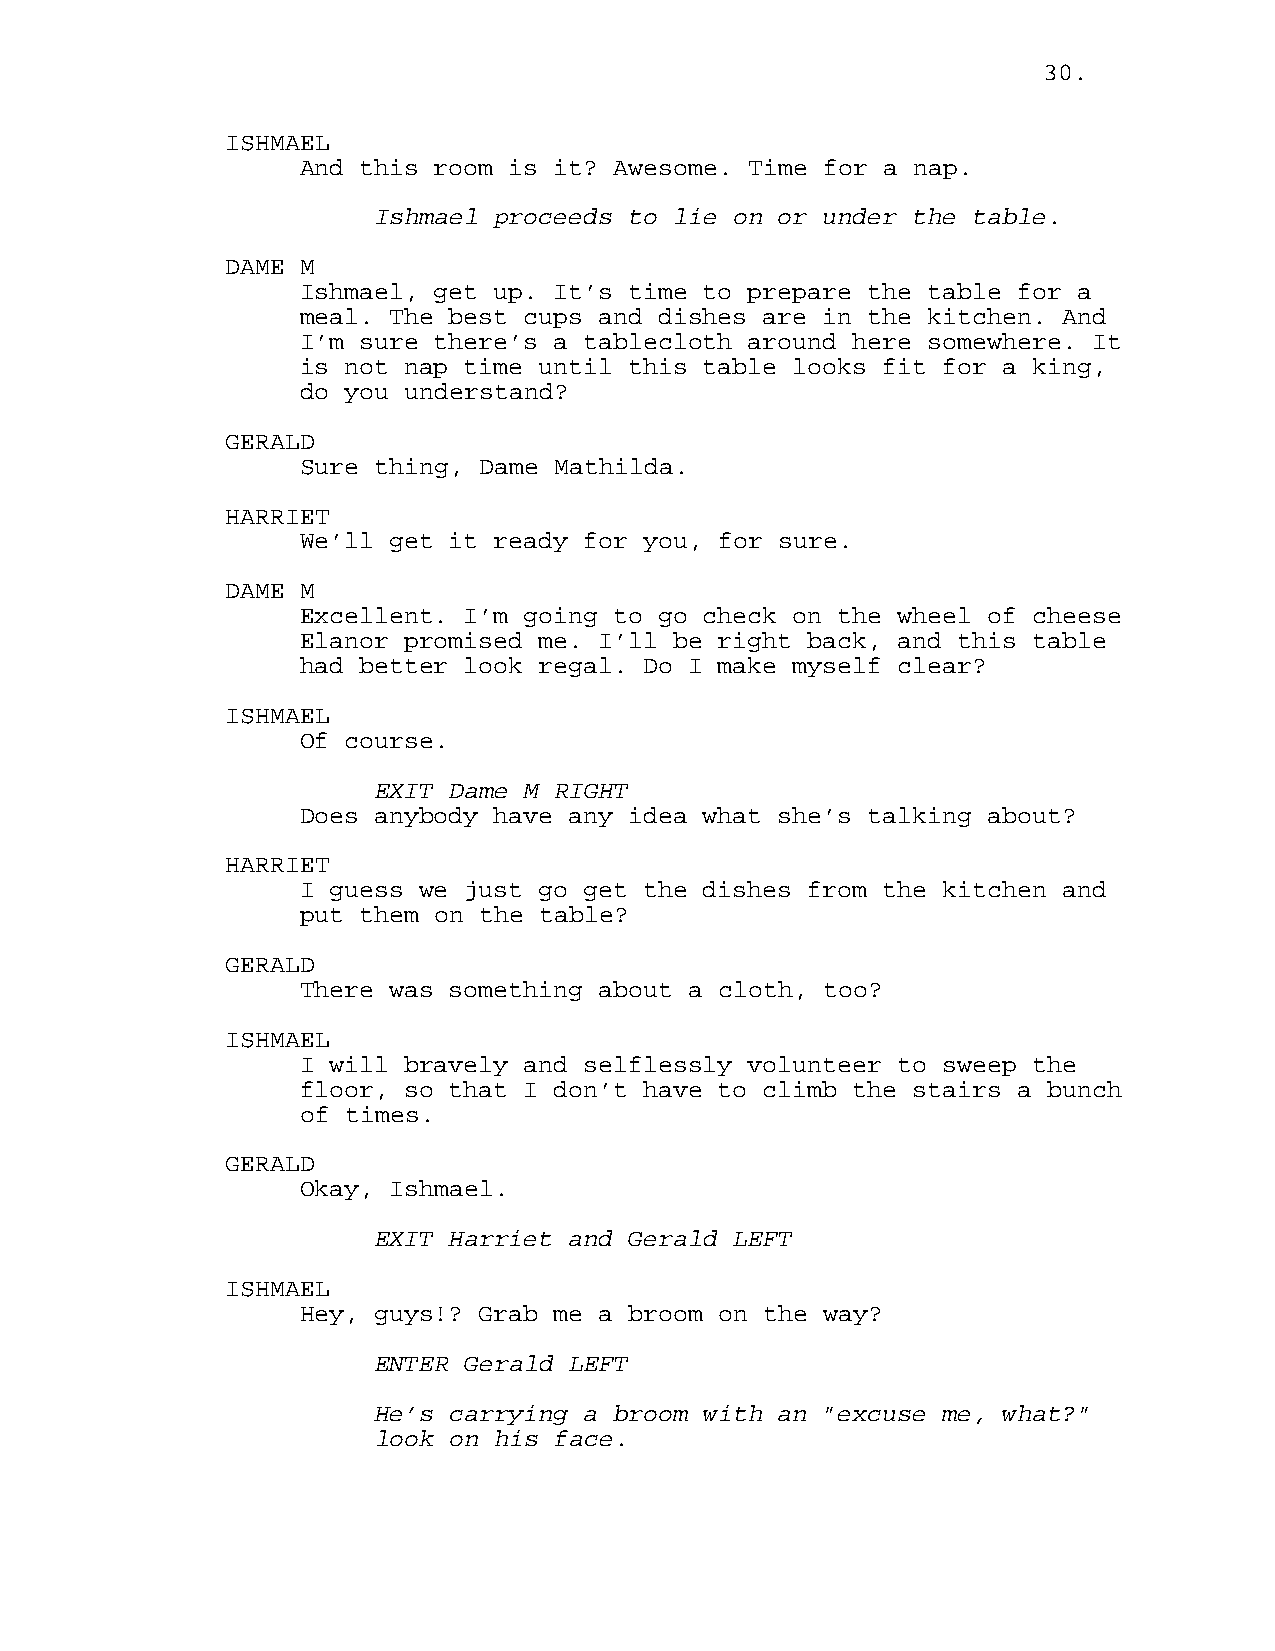
30.
 ISHMAEL
 And this room is it? Awesome. Time for a nap.
 Ishmael proceeds to lie on or under the table.
 DAME M
 Ishmael, get up. It’s time to prepare the table for a
 meal. The best cups and dishes are in the kitchen. And
 I’m sure there’s a tablecloth around here somewhere. It
 is not nap time until this table looks fit for a king,
 do you understand?
 GERALD
 Sure thing, Dame Mathilda.
 HARRIET
 We’ll get it ready for you, for sure.
 DAME M
 Excellent. I’m going to go check on the wheel of cheese
 Elanor promised me. I’ll be right back, and this table
 had better look regal. Do I make myself clear?
 ISHMAEL
 Of course.
 EXIT Dame M RIGHT
 Does anybody have any idea what she’s talking about?
 HARRIET
 I guess we just go get the dishes from the kitchen and
 put them on the table?
 GERALD
 There was something about a cloth, too?
 ISHMAEL
 I will bravely and selflessly volunteer to sweep the
 floor, so that I don’t have to climb the stairs a bunch
 of times.
 GERALD
 Okay, Ishmael.
 EXIT Harriet and Gerald LEFT
 ISHMAEL
 Hey, guys!? Grab me a broom on the way?
 ENTER Gerald LEFT
 He’s carrying a broom with an "excuse me, what?"
 look on his face.